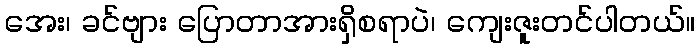
အေး၊ ခင်ဗျား ပြောတာအားရှိစရာပဲ၊ ကျေးဇူးတင်ပါတယ်။